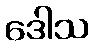
ဒေါသ